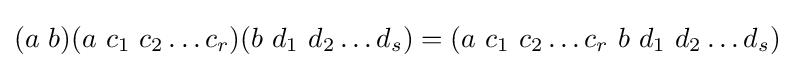
(a\ b)(a\ c_{1}\ c_{2}\dots c_{r})(b\ d_{1}\ d_{2}\dots d_{s})=(a\ c_{1}\ c_{2}\dots c_{r}\ b\ d_{1}\ d_{2}\dots d_{s})